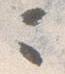
ニ